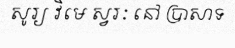
សូរ្យ វិមេ ស្វរៈ នៅ ប្រាសាទ